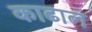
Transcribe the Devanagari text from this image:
काढाल